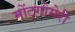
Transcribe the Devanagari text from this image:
मोंट्गोमेरी